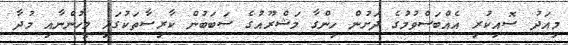
މިއަދު ސޮއިކުރި އެއްބަސްވުމުގެ ދަށުން ހިންގާ މަޝްރޫއުގެ ސަބަބުން ކާރިސާތަކުގައި މީހުންނާއި މުދާ